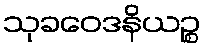
သုခဝေဒနိယဉ္စ